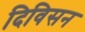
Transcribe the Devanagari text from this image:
दिविसन